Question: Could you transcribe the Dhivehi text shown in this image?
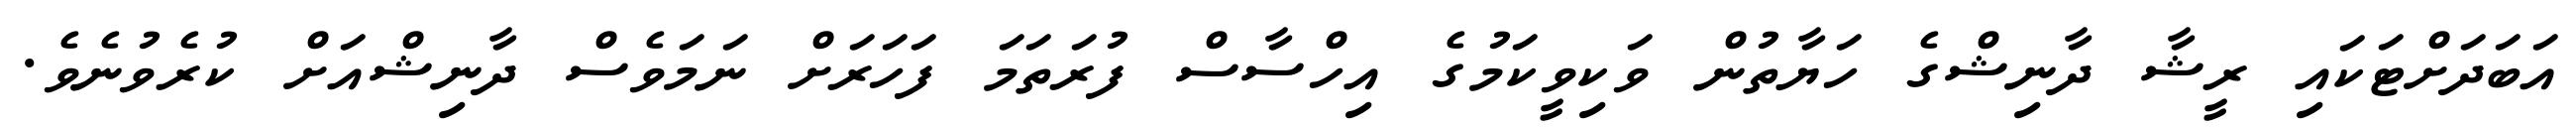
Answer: އަބަދަށްޓަކައި ރީޝާ ދާނިޝްގެ ހަޔާތުން ވަކިވީކަމުގެ އިހްސާސް ފުރަތަމަ ފަހަރަށް ނަމަވެސް ދާނިޝްއަށް ކުރެވުނެވެ.